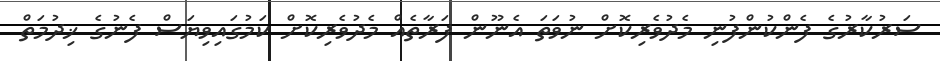
ސަރުކާރުގެ ފެންކުންފުނި މެދުވެރިކޮށް ނުވަތަ އެނޫން ފަރާތެއް މެދުވެރިކޮށް ކަމުގައިވިޔަސް ފެނުގެ ޚިދުމަތް